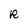
Character: R